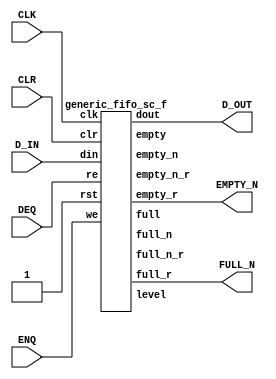
`define  n 32
`define max_size 30
`define SIMULATION_MEMORY
//`define SC_FIFO_ASYNC_RESET				// Uncomment for Syncr. reset
//`define SC_FIFO_ASYNC_RESET	or negedge rst		// Uncomment for Async. reset
 `define dwa 32
 `define awa 4
//`define SC_FIFO_ASYNC_RESET				// Uncomment for Syncr. reset
//`define SC_FIFO_ASYNC_RESET	or negedge rst		// Uncomment for Async. reset
//`define SC_FIFO_ASYNC_RESET				// Uncomment for Syncr. reset
//`define SC_FIFO_ASYNC_RESET	or negedge rst		// Uncomment for Async. reset
 `define dwc 128
 `define awa 4
//`define SC_FIFO_ASYNC_RESET				// Uncomment for Syncr. reset
//`define SC_FIFO_ASYNC_RESET	or negedge rst		// Uncomment for Async. reset
 `define dwd 128 
//`define SC_FIFO_ASYNC_RESET				// Uncomment for Syncr. reset
//`define SC_FIFO_ASYNC_RESET	or negedge rst		// Uncomment for Async. reset
 `define dwc  60
`define awc 3
//`define SC_FIFO_ASYNC_RESET				// Uncomment for Syncr. reset
//`define SC_FIFO_ASYNC_RESET	or negedge rst		// Uncomment for Async. reset
 `define dwf  313
`define awf 3
//`define SC_FIFO_ASYNC_RESET				// Uncomment for Syncr. reset
//`define SC_FIFO_ASYNC_RESET	or negedge rst		// Uncomment for Async. reset
 `define dwx  131
`define awx 2

module SizedFIFO_a (CLK, D_IN,ENQ,DEQ,CLR,D_OUT,FULL_N,EMPTY_N);


input CLK;
input [59:0] D_IN;
input ENQ;
input DEQ;
input	CLR;
output [59:0]	D_OUT;
output	FULL_N;
output	EMPTY_N;
		



wire full;
wire empty;
wire full_n;
wire empty_n;
wire full_n_r;
wire empty_n_r;
wire [1:0] level;

wire always_one;
wire always_zero;

assign always_one = 1'b1;
assign always_zero = 1'b0;

generic_fifo_sc_f fifo_1
(.clk(CLK),
 .rst(always_one),
 .clr (CLR),
 .din (D_IN),
 .we (ENQ),
 .dout (D_OUT),
 .re (DEQ),
 .full(full),
 .empty(empty),
 .full_n(full_n),
 .empty_n(empty_n),
 .full_r (FULL_N),
 .empty_r(EMPTY_N),
 .full_n_r (full_n_r),
 .empty_n_r (empty_n_r),
 .level(level)
 );
 







endmodule
module generic_fifo_sc_f(clk, rst, clr, din, we, dout, re,
			 full, empty,
             full_n, empty_n,
             full_r, empty_r,
			 full_n_r, empty_n_r,
             level);
 /*
parameter dw=8;
parameter aw=8;
parameter n=32;
parameter max_size = 1<<aw;
 */
input			clk, rst, clr;
input	[`dwc-1:0]	din;
input			we;
output	[`dwc-1:0]	dout;
input			re;
output			full, full_r;
output			empty, empty_r;
output			full_n, full_n_r;
output			empty_n, empty_n_r;
output	[1:0]		level;
 
////////////////////////////////////////////////////////////////////
//
// Local Wires
//
 
reg	[`awc-1:0]	wp;
wire	[`awc-1:0]	wp_pl1;
wire	[`awc-1:0]	wp_pl2;
reg	[`awc-1:0]	rp;
wire	[`awc-1:0]	rp_pl1;
reg			full_r;
reg			empty_r;
reg			gb;
reg			gb2;
reg	[`awc:0]		cnt;
wire			full_n, empty_n;
reg			full_n_r, empty_n_r;
 
////////////////////////////////////////////////////////////////////
//
// Memory Block
//
 wire always_zero;
 assign always_zero = 1'b0;
 wire [`dwc-1:0] junk_out;
 
 wire [`dwc-1:0] junk_in;
 
 // manually assign
 assign junk_in = 60'b000000000000000000000000000000000000000000000000000000000000;

defparam ram1.ADDR_WIDTH = `awc;
defparam ram1.DATA_WIDTH = `dwc;
dual_port_ram   ram1(
	.clk(		clk		),
	.addr1(		rp		),
	.addr2(		wp		),
	.we1(		we		),
	.we2(		always_zero		),
	.out1(		dout		),
	.out2(		junk_out		),
	.data1(		din		),
	.data2 (	junk_in)
	);
 
////////////////////////////////////////////////////////////////////
//
// Misc Logic
//
 
always @(posedge clk )
	if(!rst)	wp <=  {3'b000};
	else
	if(clr)		wp <=  {3'b000};
	else
	if(we)		wp <=  wp_pl1;
 
assign wp_pl1 = wp + { {2'b00}, 1'b1};
assign wp_pl2 = wp +  { {1'b0}, 2'b10};
 
always @(posedge clk )
	if(!rst)	rp <=  {3'b000};
	else
	if(clr)		rp <=  {3'b000};
	else
	if(re)		rp <=  rp_pl1;
 
assign rp_pl1 = rp + { {2'b00}, 1'b1};
 
////////////////////////////////////////////////////////////////////
//
// Combinatorial Full & Empty Flags
//
 
assign empty = ((wp == rp) & !gb);
assign full  = ((wp == rp) &  gb);
 
// Guard Bit ...
always @(posedge clk )
	if(!rst)			gb <=  1'b0;
	else
	if(clr)				gb <=  1'b0;
	else
	if((wp_pl1 == rp) & we)		gb <=  1'b1;
	else
	if(re)				gb <=  1'b0;
 
////////////////////////////////////////////////////////////////////
//
// Registered Full & Empty Flags
//
 
// Guard Bit ...
always @(posedge clk )
	if(!rst)			gb2 <=  1'b0;
	else
	if(clr)				gb2 <=  1'b0;
	else
	if((wp_pl2 == rp) & we)		gb2 <=  1'b1;
	else
	if((wp != rp) & re)		gb2 <=  1'b0;
 
always @(posedge clk )
	if(!rst)				full_r <=  1'b0;
	else
	if(clr)					full_r <=  1'b0;
	else
	if(we & ((wp_pl1 == rp) & gb2) & !re)	full_r <=  1'b1;
	else
	if(re & ((wp_pl1 != rp) | !gb2) & !we)	full_r <=  1'b0;
 
always @(posedge clk )
	if(!rst)				empty_r <=  1'b1;
	else
	if(clr)					empty_r <=  1'b1;
	else
	if(we & ((wp != rp_pl1) | gb2) & !re)	empty_r <=  1'b0;
	else
	if(re & ((wp == rp_pl1) & !gb2) & !we)	empty_r <=  1'b1;
 
////////////////////////////////////////////////////////////////////
//
// Combinatorial Full_n & Empty_n Flags
//
 
assign empty_n = cnt < `n;
assign full_n  = !(cnt < (`max_size-`n+1));
assign level = {{cnt[`awc]}, {cnt[`awc]}} | cnt[`awc-1:`awc-2];
 
// N entries status
always @(posedge clk )
	if(!rst)	cnt <=  {4'b0000};
	else
	if(clr)		cnt <=  {4'b0000};
	else
	if( re & !we)	cnt <=  cnt + { 4'b1111};
	else
	if(!re &  we)	cnt <=  cnt + { {3'b000}, 1'b1};
 
////////////////////////////////////////////////////////////////////
//
// Registered Full_n & Empty_n Flags
//
 
always @(posedge clk )
	if(!rst)				empty_n_r <=  1'b1;
	else
	if(clr)					empty_n_r <=  1'b1;
	else
	if(we & (cnt >= (`n-1) ) & !re)		empty_n_r <=  1'b0;
	else
	if(re & (cnt <= `n ) & !we)		empty_n_r <=  1'b1;
 
always @(posedge clk )
	if(!rst)				full_n_r <=  1'b0;
	else
	if(clr)					full_n_r <=  1'b0;
	else
	if(we & (cnt >= (`max_size-`n) ) & !re)	full_n_r <=  1'b1;
	else
	if(re & (cnt <= (`max_size-`n+1)) & !we)	full_n_r <=  1'b0;

endmodule

module dual_port_ram(
clk,
addr1,
addr2,
data1,
data2,
we1,
we2,
out1,
out2
);

parameter DATA_WIDTH = 256;
parameter ADDR_WIDTH = 10;
input clk;
input [ADDR_WIDTH-1:0] addr1;
input [ADDR_WIDTH-1:0] addr2;
input [DATA_WIDTH-1:0] data1;
input [DATA_WIDTH-1:0] data2;
input we1;
input we2;
output reg [DATA_WIDTH-1:0] out1;
output reg [DATA_WIDTH-1:0] out2;

reg [DATA_WIDTH-1:0] ram[ADDR_WIDTH-1:0];

always @(posedge clk) begin
  if (we1) begin
    ram[addr1] <= data1;
  end
  else begin
    out1 <= ram[addr1];
  end
end

always @(posedge clk) begin
  if (we2) begin
    ram [addr2] <= data2;
  end
  else begin
    out2 <= ram[addr2];
  end
end

endmodule